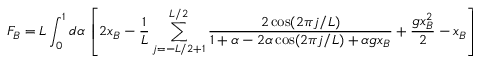
F _ { B } = L \int _ { 0 } ^ { 1 } d \alpha \, \left[ 2 x _ { B } - \frac { 1 } { L } \sum _ { j = - L / 2 + 1 } ^ { L / 2 } \frac { 2 \cos ( 2 \pi j / L ) } { 1 + \alpha - 2 \alpha \cos ( 2 \pi j / L ) + \alpha g x _ { B } } + \frac { g x _ { B } ^ { 2 } } { 2 } - x _ { B } \right]